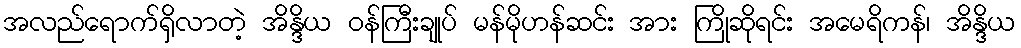
အလည်ရောက်ရှိလာတဲ့ အိန္ဒိယ ဝန်ကြီးချုပ် မန်မိုဟန်ဆင်း အား ကြိုဆိုရင်း အမေရိကန်၊ အိန္ဒိယ